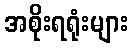
အစိုးရရုံးများ